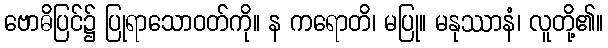
ဗောဓိပြင်၌ ပြုရာသောဝတ်ကို။ န ကရောတိ၊ မပြု။ မနုဿာနံ၊ လူတို့၏။